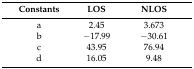
<table><thead><tr><td><b>Constants</b></td><td><b>LOS</b></td><td><b>NLOS</b></td></tr></thead><tbody><tr><td>a</td><td>2.45</td><td>3.673</td></tr><tr><td>b</td><td>−17.99</td><td>−30.61</td></tr><tr><td>c</td><td>43.95</td><td>76.94</td></tr><tr><td>d</td><td>16.05</td><td>9.48</td></tr></tbody></table>